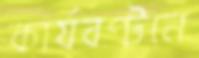
কার্যবণ্টনে